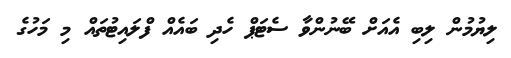
ލިޔުމުން ލިބި އެއަށް ބޭނުންވާ ސެޓަޕް ހެދި ބައެއް ފްލައިޓުތައް މި މަހުގެ